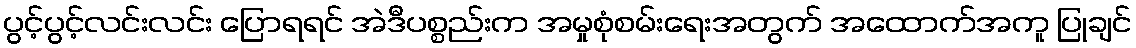
ပွင့်ပွင့်လင်းလင်း ပြောရရင် အဲဒီပစ္စည်းက အမှုစုံစမ်းရေးအတွက် အထောက်အကူ ပြုချင်